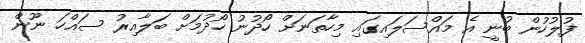
ފުލުހުން ބުނީ އެ މައްސަލައިގައި މިހާތަނަށް ހޯދުނު ހޯދުމަށް ބަލާއިރު ސައްހަ ނޫން